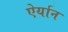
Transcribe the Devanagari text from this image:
ऐर्यान